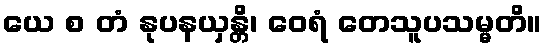
ယေ စ တံ နုပနယှန္တိ၊ ဝေရံ တေသူပသမ္မတိ။